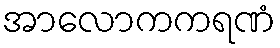
အာလောကကရဏံ